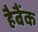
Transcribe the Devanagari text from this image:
हैबैंक